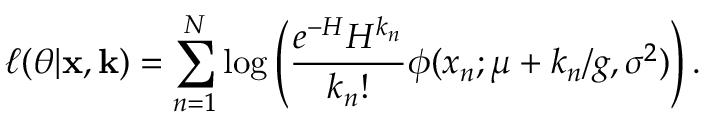
\ell ( \theta | \mathbf x , \mathbf k ) = \sum _ { n = 1 } ^ { N } \log \left( \frac { e ^ { - H } H ^ { k _ { n } } } { k _ { n } ! } \phi ( x _ { n } ; \mu + k _ { n } / g , \sigma ^ { 2 } ) \right) .